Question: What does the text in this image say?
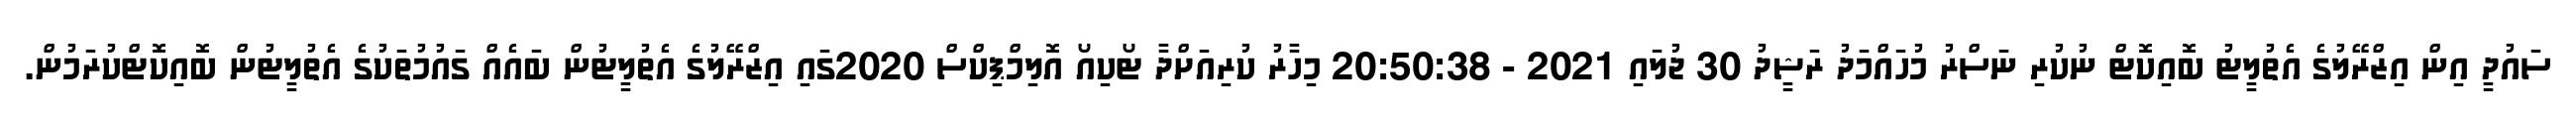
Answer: ސައުދީ އިން އިޒްރޭލުގެ އެތުލީޓު ބޮއިކޮޓް ނުކުރި ނަސްރު މުހައްމަދު ރަޝީދު 30 ޖުލައި 2021 - 20:50:38 މިހާރު ކުރިއަށްދާ ޓޯކިއޯ އޮލިމްޕިކްސް 2020ގައި އިޒްރޭލުގެ އެތުލީޓުން ބައެއް ގައުމުތަކުގެ އެތުލީޓުން ބޮއިކޮޓްކުރަމުން.